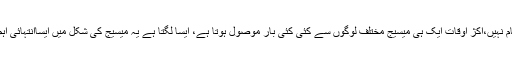
کبھی کبھی ایسا محسوس ہوتا ہے جیسے میسیج کرنے والوں کو اس کام کے علاوہ کوئی دوسرا کام نہیں،اکژ اوقات ایک ہی میسیج مختلف لوگوں سے کئی کئی بار موصول ہوتا ہے، ایسا لگتا ہے یہ میسیج کی شکل میں ایساانتہائی اہم قومی فریضہ تھا جسے پورا کرنے کے لئے بہت سے محبِ وطن ایک ساتھ اس کام پرلگ گئے۔